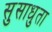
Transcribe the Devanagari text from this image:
सुसाधुता